Medical and sanitary report of the native army of Madras for the year
Year: 1872
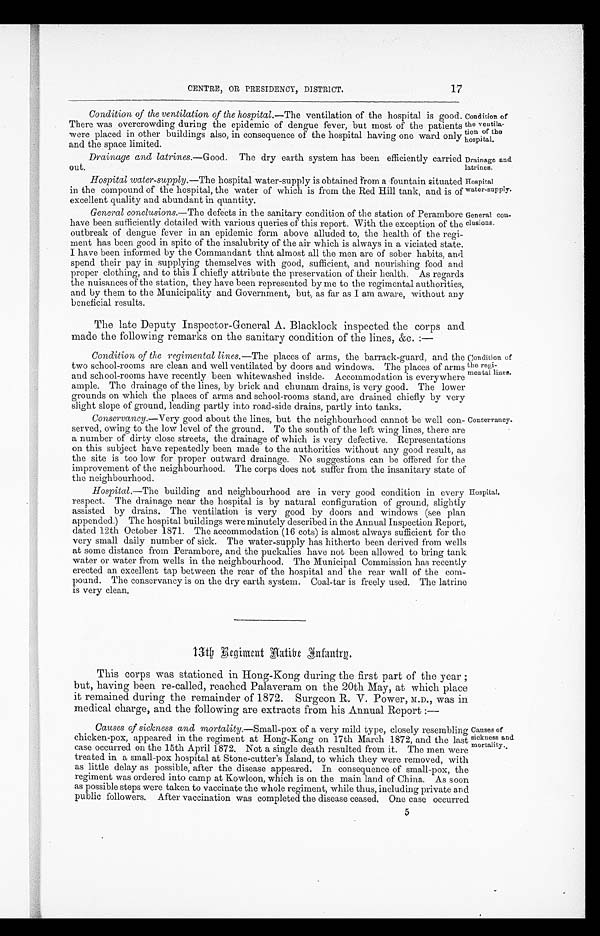
Drainage and
latrines.
Hospital
water-supply.
17
CENTRE, OR PRESIDENCY, DISTRICT.
Condition of the ventilation of the hospital.— The ventilation of the hospital is good
There was overcrowding during the epidemic of dengue fever, but most of the patient
were placed in other buildings also, in consequence of the hospital having one ward only
and the space limited.
Condition of
the ventila
-tion of the
hospital.
Drainage and latrines.— Good. The dry earth system has been efficiently carried
out.
Hospital water-supply.— The hospital water-supply is obtained from a fountain situated
in the compound of the hospital, the water of which is from the Red Hill tank, and is of
excellent quality and abundant in quantity.
General conclusions.— The defects in the sanitary condition of the station of Perambore
have been sufficiently detailed with various queries of this report. With the exception of the
outbreak of dengue fever in an epidemic form above alluded to, the health of the regi
-ment has been good in spite of the insalubrity of the air which is always in a viciated state.
I have been informed by the Commandant that almost all the men are of sober habits, and
spend their pay in supplying themselves with good, sufficient, and nourishing food and
proper clothing, and to this I chiefly attribute the preservation of their health. As regards
the nuisances of the station, they have been represented by me to the regimental authorities,
and by them to the Municipality and Government, but, as far as I am aware, without any
beneficial results.
General con
-clusions.
The late Deputy Inspector-General A. Blacklock inspected the corps and
made the following remarks on the sanitary condition of the lines, &c. :—
Condition of the regimental lines.—The places of arms, the barrack-guard, and the
two school-rooms are clean and well ventilated by doors and windows. The places of arms
and school-rooms have recently been whitewashed inside. Accommodation is everywhere
ample. The drainage of the lines, by brick and chunam drains, is very good. The lower
grounds on which the places of arms and school-rooms stand, are drained chiefly by very
slight slope of ground, leading partly into road-side drains, partly into tanks.
Conservancy.—Very good about the lines, but the neighbourhood cannot be well con
-served, owing to the low level of the ground. To the south of the left wing lines, there are
a number of dirty close streets, the drainage of which is very defective. Representations
on this subject have repeatedly been made to the authorities without any good result, as
the site is too low for proper outward drainage. No suggestions can be offered for the
improvement of the neighbourhood. The corps does not suffer from the insanitary state of
the neighbourhood.
Condition of
the
regi-mental lines.
Conservancy.
Hospital.—The building and neighbourhood are in very good condition in every
respect. The drainage near the hospital is by natural configuration of ground, slightly
assisted by drains. The ventilation is very good by doors and windows (see plan
appended.) The hospital buildings were minutely described in the Annual Inspection Report,
dated 12th October 1871. The accommodation (16 cots) is almost always sufficient for the
very small daily number of sick. The water-supply has hitherto been derived from wells
at some distance from Perambore, and the puckalies have not been allowed to bring tank
water or water from wells in the neighbourhood. The Municipal Commission has recently
erected an excellent tap between the rear of the hospital and the rear wall of the com
-pound. The conservancy is on the dry earth system. Coal-tar is freely used. The latrine
is very clean.
Hospital.
13th R egiment Aatibe Infantry.
This corps was stationed in Hong-Kong during the first part of the year ;
but, having been re-called, reached Palaveram on the 20th May, at which place
it remained during the remainder of 1872. Surgeon R. V. Power, M.D., was in
medical charge, and the following are extracts from his Annual Report :—
Causes of sickness and mortality. —Small-pox of a very mild type, closely resembling
chicken-pox, appeared in the regiment at Hong-Kong on 17th March 1872, and the last
case occurred on the 15th April 1872. Not a single death resulted from it. The men were
treated in a small-pox hospital at Stone-cutter's Island, to which they were removed, with
as little delay as possible, after the disease appeared. In consequence of small-pox, the
regiment was ordered into camp at Kowloon, which is on the main land of China. As soon
as possible steps were taken to vaccinate the whole regiment, while thus, including private and
public followers. After vaccination was completed the disease ceased. One case occurred
Causes of
sickness and
mortality.
5